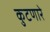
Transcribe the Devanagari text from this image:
कुटणारे